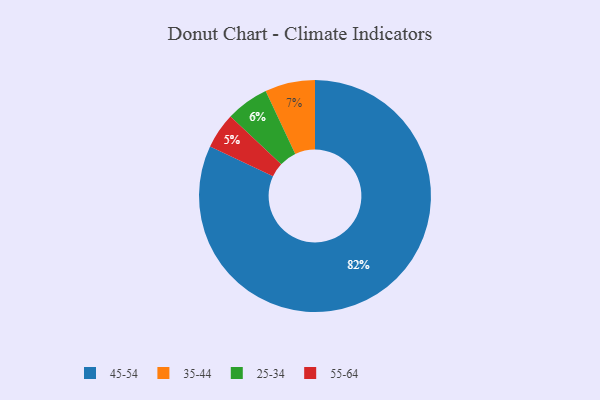
{"axis": {"x": "Category", "y": "Percentage"}, "legend": ["25-34", "35-44", "45-54", "55-64"], "data": [{"x": "55-64", "y": 5, "type": "55-64"}, {"x": "35-44", "y": 7, "type": "35-44"}, {"x": "25-34", "y": 6, "type": "25-34"}, {"x": "45-54", "y": 82, "type": "45-54"}]}